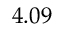
4 . 0 9